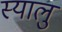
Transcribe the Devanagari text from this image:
स्यालु